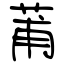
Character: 莆